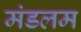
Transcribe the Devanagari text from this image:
मंडलम